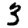
Digit: 3